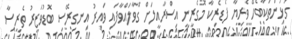
ގުޅުންތަކާބެހޭ ވެރިޔާ ފެޑެރިކާ މޮގެރީނީ އިސްރާއީލަށް ގޮވާލައްވާފައި ވައިރު އިނގިރޭސި ބޮޑުވަޒީރު ތެރީސާ